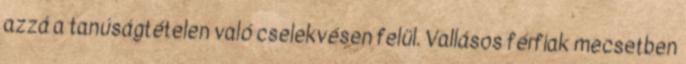
azzá a tanúságtételen való cselekvésen felül. Vallásos férfiak mecsetben